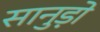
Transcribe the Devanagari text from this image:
सानुड़ो